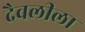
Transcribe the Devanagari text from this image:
दैवलीला